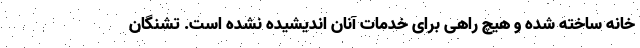
خانه ساخته شده و هیچ راهی برای خدمات آنان اندیشیده نشده است. تشنگان